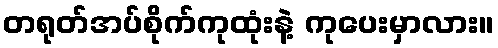
တရုတ်အပ်စိုက်ကုထုံးနဲ့ ကုပေးမှာလား။